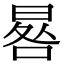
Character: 晷